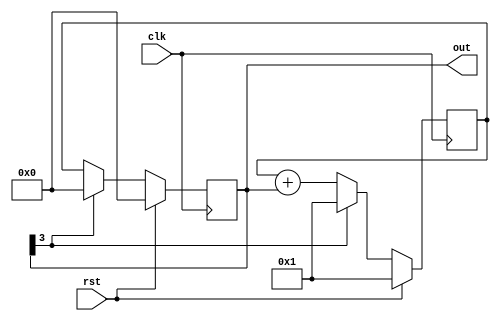
module fibonacci (input clk, rst,output [3:0] out);
  reg [3:0] RegA, RegB, RegC; 
  always @ (posedge clk) begin
    if (rst) begin
      RegA <= 4'h1;	
      RegB <= 4'h0;
      RegC <= 4'h0; 
    end
    else begin
      RegA <= RegB[3] ? 4'h1 : RegA + RegB; 
      RegB <= RegB[3] ? 4'h0 : RegA;	
      RegC <= RegB;	
    end
  end  
  assign out = RegB;  
endmodule